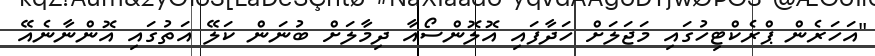
"އަހަރެން ޕްރެކްޓިހުގައި މަޖަލަށް ހަދާފައި އޮލޮންސޯއާ ދިމާލަށް ބުނަން ކަލޭ އަތުގައި އޮންނާނެއޭ